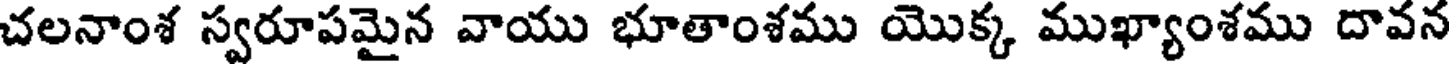
చలనాంశ స్వరూపమైన వాయు భూతాంశము యొక్క ముఖ్యాంశము దావన